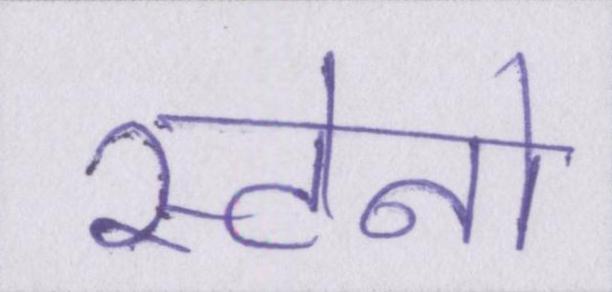
स्टेनो